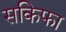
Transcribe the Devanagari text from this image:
सकिफा